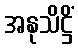
အနုသိဋ္ဌိံ